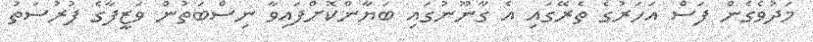
މަދުވެގެން ފަސް އަހަރުގެ ތެރޭގައި އެ ގާނޫނުގައި ބަޔާންކޮށްފައިވާ ނިސްބަތުން ވަޒީފާގެ ފުރުސަތު